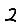
Digit: 2